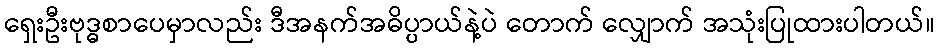
ရှေးဦးဗုဒ္ဓစာပေမှာလည်း ဒီအနက်အဓိပ္ပာယ်နဲ့ပဲ တောက် လျှောက် အသုံးပြုထားပါတယ်။